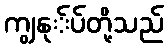
ကျွနု်ပ်တို့သည်